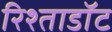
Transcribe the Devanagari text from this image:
रिश्ताडॉट